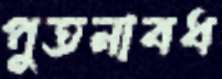
পুতনাবধ